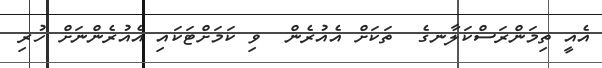
އެއީ ތިމަންރަސްކަލާނގެ  ތަކަށް އެއުރެން  ވި ކަމަށްޓަކައި އެއުރެންނަށް ހުރި